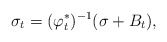
\begin{align*}\sigma_{t} = (\varphi_{t}^{*})^{-1}(\sigma + B_{t}), \end{align*}